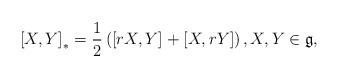
LaTeX: \begin{align*}\left[ X,Y\right] _{*}=\frac 12\left( \left[ rX,Y\right] +\left[X,rY\right] \right) ,X,Y\in {\frak g}, \end{align*}